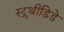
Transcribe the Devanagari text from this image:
स्ट्रुथीडिडे